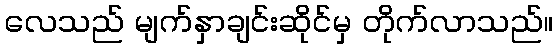
လေသည် မျက်နှာချင်းဆိုင်မှ တိုက်လာသည်။